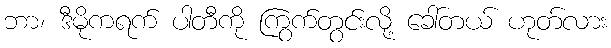
ဘာ၊ ဒီမိုကရက် ပါတီကို ကြွက်တွင်းလို့ ခေါ်တယ် ဟုတ်လား